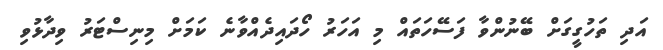
އަދި ތަހުގީގަށް ބޭނުންވާ ފަސޭހަތައް މި އަހަރު ހޯދައިދެއްވާނެ ކަމަށް މިނިސްޓަރު ވިދާޅުވި